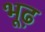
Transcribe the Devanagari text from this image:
भूढ़